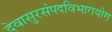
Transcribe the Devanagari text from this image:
देवासुरसंपदविभागयोग